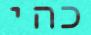
כהי